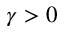
\gamma > 0